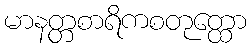
မာနတ္တစာရိကစတုတ္ထော